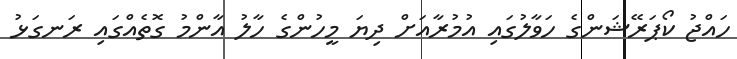
ހައްޖު ކޯޕަރޭޝަންގެ ހަވާލުގައި އުމުރާއަށް ދިޔަ މީހުންގެ ހާލު އާންމު ގޮތެއްގައި ރަނގަޅު